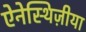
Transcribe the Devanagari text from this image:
ऐनेस्थिज़ीया